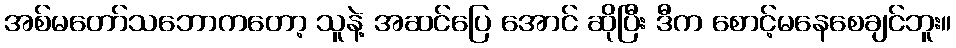
အစ်မတော်သဘောကတော့ သူနဲ့ အဆင်ပြေ အောင် ဆိုပြီး ဒီက စောင့်မနေစေချင်ဘူး။